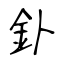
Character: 釙